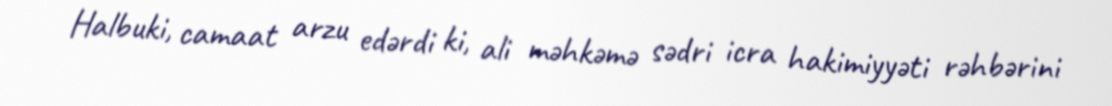
Halbuki, camaat arzu edərdi ki, ali məhkəmə sədri icra hakimiyyəti rəhbərini